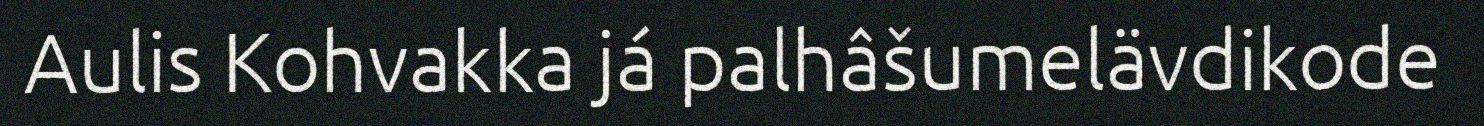
Aulis Kohvakka já palhâšumelävdikode